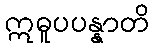
ဣဓူပပန္နာတိ